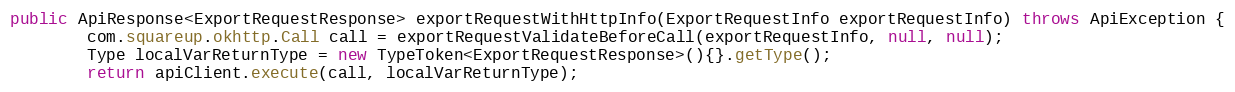
Language: Java
public ApiResponse<ExportRequestResponse> exportRequestWithHttpInfo(ExportRequestInfo exportRequestInfo) throws ApiException {
        com.squareup.okhttp.Call call = exportRequestValidateBeforeCall(exportRequestInfo, null, null);
        Type localVarReturnType = new TypeToken<ExportRequestResponse>(){}.getType();
        return apiClient.execute(call, localVarReturnType);